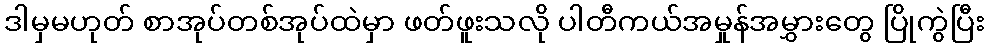
ဒါမှမဟုတ် စာအုပ်တစ်အုပ်ထဲမှာ ဖတ်ဖူးသလို ပါတီကယ်အမှုန်အမွှားတွေ ပြိုကွဲပြီး